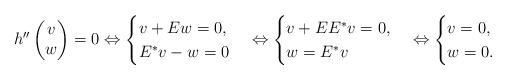
LaTeX: \begin{align*} h'' \begin{pmatrix} v\\ w\end{pmatrix}=0 \Leftrightarrow \begin{cases} v+Ew=0,\\ E^*v-w=0\end{cases} \Leftrightarrow \begin{cases} v+EE^*v=0,\\ w=E^*v\end{cases} \Leftrightarrow \begin{cases} v=0,\\ w=0.\end{cases}\end{align*}